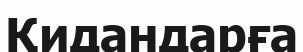
Қидандарға